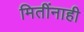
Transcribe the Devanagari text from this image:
मितींनाही